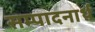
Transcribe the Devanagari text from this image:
सम्पादनार्थ